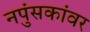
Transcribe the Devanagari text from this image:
नपुंसकांवर